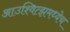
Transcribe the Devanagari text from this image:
आउश्वित्झमध्येच